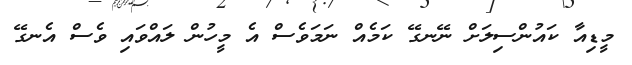
މީޑިއާ ކައުންސިލަށް ނޭނގޭ ކަމެއް ނަމަވެސް އެ މީހުން ލައްވައި ވެސް އެނގޭ